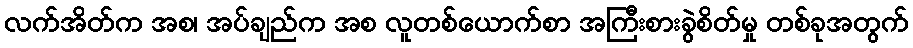
လက်အိတ်က အစ၊ အပ်ချည်က အစ လူတစ်ယောက်စာ အကြီးစားခွဲစိတ်မှု တစ်ခုအတွက်